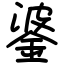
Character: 錃